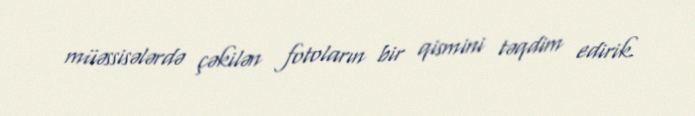
müəssisələrdə çəkilən fotoların bir qismini təqdim edirik.